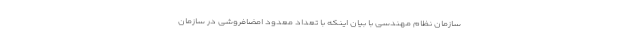
سازمان نظام مهندسی با بیان اینکه با تعداد معدود امضافروشی در سازمان